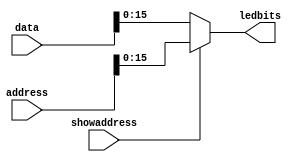
`timescale 1ns / 1ps
//////////////////////////////////////////////////////////////////////////////////
// Company: 
// Engineer: 
// 
// Design Name: 
// Module Name: datatoSEG
// Project Name: 
// Target Devices: 
// Tool Versions: 
// Description: 
// 
// Dependencies: 
// 
// Revision:
// Revision 0.01 - File Created
// Additional Comments:
// 
//////////////////////////////////////////////////////////////////////////////////


module datatoSEG(address,data,showaddress,ledbits);
input   wire[31:0]   data;
input   wire[19:0]   address;
input   wire         showaddress;
output  reg[15:0]   ledbits;
always@(data or address or showaddress) begin
    if(showaddress)begin
        ledbits<=address[15:0];
    end
    else begin
        ledbits<=data[15:0];
    end
end
endmodule